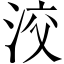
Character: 洨